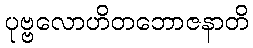
ပုဗ္ဗလောဟိတဘောဇနာတိ